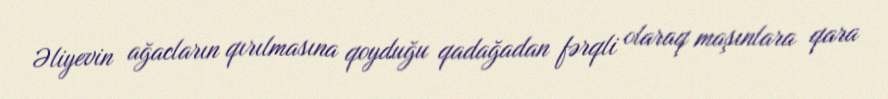
Əliyevin ağacların qırılmasına qoyduğu qadağadan fərqli olaraq maşınlara qara